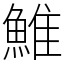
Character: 䱦